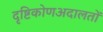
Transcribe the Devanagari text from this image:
दृष्टिकोणअदालतों